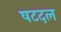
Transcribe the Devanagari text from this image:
षटदल